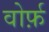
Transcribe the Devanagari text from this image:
वोर्फ़